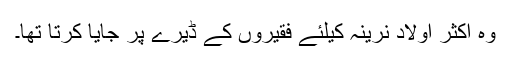
وہ اکثر اولاد نرینہ کیلئے فقیروں کے ڈیرے پر جایا کرتا تھا۔